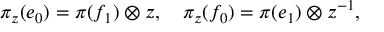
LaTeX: \pi _ { z } ( e _ { 0 } ) = \pi ( f _ { 1 } ) \otimes z , \quad \pi _ { z } ( f _ { 0 } ) = \pi ( e _ { 1 } ) \otimes z ^ { - 1 } ,